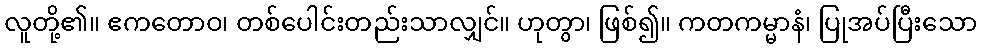
လူတို့၏။ ဧကတောဝ၊ တစ်ပေါင်းတည်းသာလျှင်။ ဟုတွာ၊ ဖြစ်၍။ ကတကမ္မာနံ၊ ပြုအပ်ပြီးသော